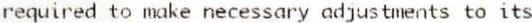
REQUIRED TO MAKE NECESSARY ADJUSTMENTS TO ITS